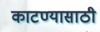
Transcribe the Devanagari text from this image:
काटण्यासाठी